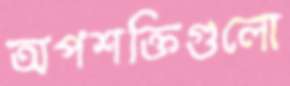
অপশক্তিগুলো